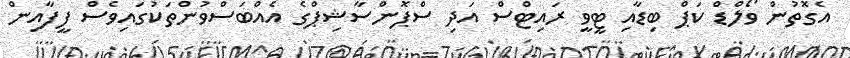
އެގޮތުން ވޯލްޑް ކަޕް ބިޑާއި ޓީވީ ރައިޓްސް އަދި ސްޕޮންސާޝިޕްގެ އެއްބަސްވުންތަކުގައިވެސް ފީފާއިން